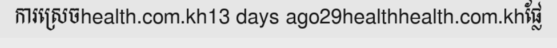
ការស្រេចhealth.com.kh13 days ago29healthhealth.com.khផ្លែ